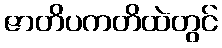
ဇာတိပကတိထဲတွင်